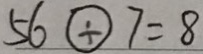
5 6 \textcircled { \div } 7 = 8